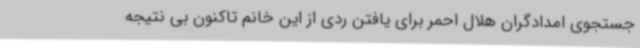
جستجوی امدادگران هلال احمر برای یافتن ردی از این خانم تاکنون بی نتیجه